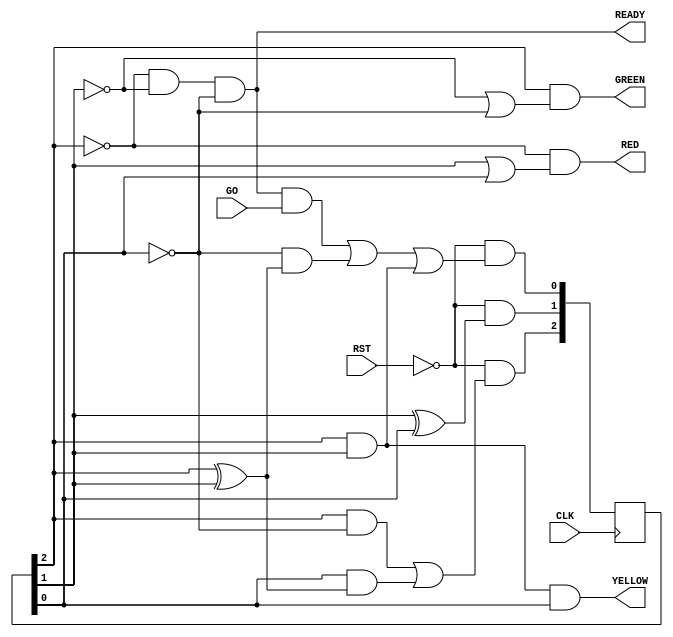
module TLC_BINARY (input wire CLK, RST, GO, 
                   output wire READY, RED, GREEN, YELLOW); 
  
  //Internal signal definitions 
  reg [2:0] P_STATE; 
  wire [2:0] N_STATE;
  
  //Next State Logic 
  assign N_STATE[0] = ~RST & ((~P_STATE[2] & ~P_STATE[1] & ~P_STATE[0] & GO) 
                              | (~P_STATE[0] & (P_STATE[2] ^ P_STATE[1])) 
                              | (P_STATE[2] & P_STATE[1])); 
  
  assign N_STATE[1] = ~RST & (P_STATE[1] ^ P_STATE[0]); 
 
 assign N_STATE[2] = ~RST & ((P_STATE[2] & ~P_STATE[0])  
                             | (P_STATE[0] & (P_STATE[2] ^ P_STATE[1]))); 


  //Present State Register 
  always @ (posedge CLK) 
    begin
      P_STATE[0] <= N_STATE[0]; 
      P_STATE[1] <= N_STATE[1]; 
      P_STATE[2] <= N_STATE[2]; 
    end 

  //Output Logic 
  assign READY = ~P_STATE[2] & ~P_STATE[1] & ~P_STATE[0]; 
  assign RED = ~P_STATE[2] & (P_STATE[1] | P_STATE[0]); 
  assign GREEN = P_STATE[2] & (~P_STATE[1] | ~P_STATE[0]); 
  assign YELLOW = P_STATE[2] & P_STATE[1] & P_STATE[0]; 
 
endmodule